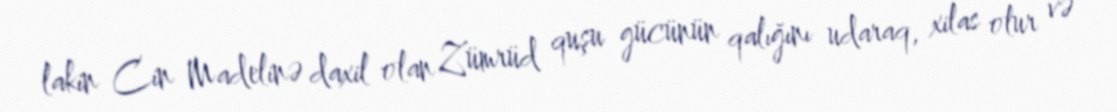
lakin Cin Madelinə daxil olan Zümrüd quşu gücünün qalığını udaraq, xilas olur və